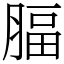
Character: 腷